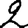
Digit: 2